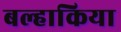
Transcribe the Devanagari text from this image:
बल्हाकिया